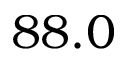
8 8 . 0